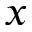
x